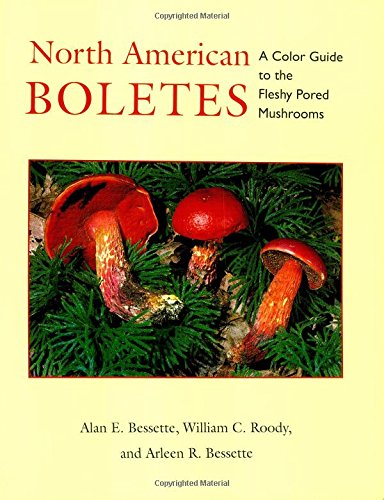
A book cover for North American Boletes: A Color Guide To the Fleshy Pored Mushrooms; Alan Bessette; Science & Math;